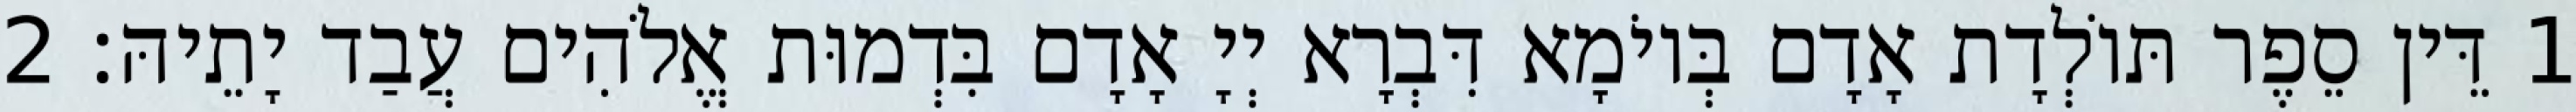
1 דֵּין סֵפֶר תּוֹלְדָת אָדָם בְּיוֹמָא דִּבְרָא יְיָ אָדָם בִּדְמוּת אֱלֹהִים עֲבַד יָתֵיהּ׃ 2